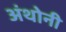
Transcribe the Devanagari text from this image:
अंथोनी